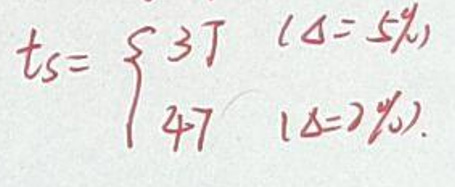
$t s = \begin{cases}
3T & (\Delta = 5\%) \\
4T & (\Delta = 2\%)
\end{cases}$